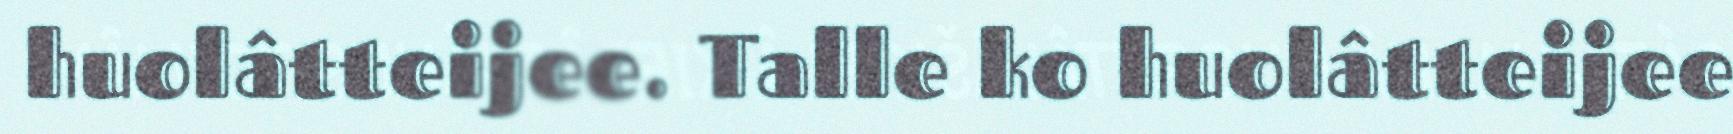
huolâtteijee. Talle ko huolâtteijee